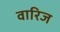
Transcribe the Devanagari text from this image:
वारिज